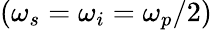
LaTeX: (\omega_{s}=\omega_{i}=\omega_{p}/2)